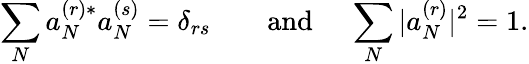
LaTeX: \sum_{N}a_{N}^{(r)*}a_{N}^{(s)}=\delta_{rs}\qquad\mathrm{and~}\quad\sum_{N}|a_{N}^{(r)}|^{2}=1.